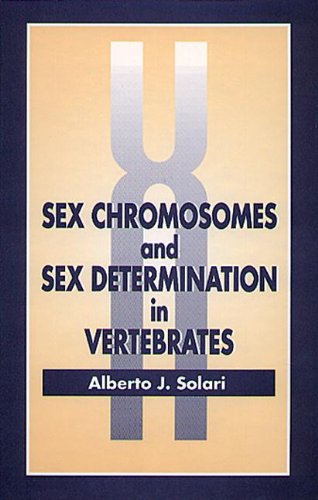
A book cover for Sex Chromosomes and Sex Determination in Vertebrates; Alberto J. Solari; Medical Books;